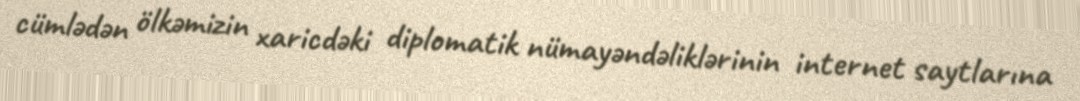
cümlədən ölkəmizin xaricdəki diplomatik nümayəndəliklərinin internet saytlarına